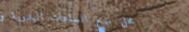
محل بيع الساعات اليدوية و